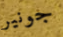
جونير